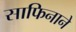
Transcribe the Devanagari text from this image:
साफिनाने